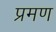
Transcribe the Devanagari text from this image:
प्रमण